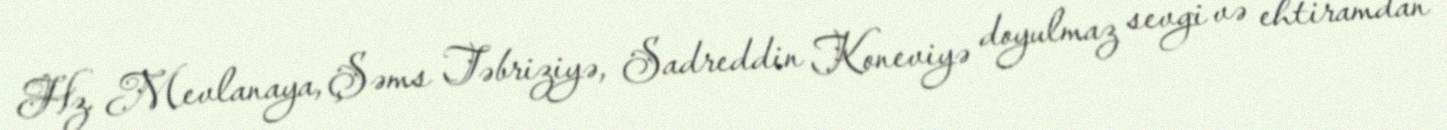
Hz. Mevlanaya, Şəms Təbriziyə, Sadreddin Koneviyə doyulmaz sevgi və ehtiramdan